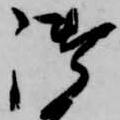
御